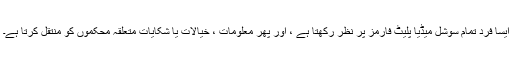
ایسا فرد تمام سوشل میڈیا پلیٹ فارمز پر نظر رکھتا ہے ، اور پھر معلومات ، خیالات یا شکایات متعلقہ محکموں کو منتقل کرتا ہے۔